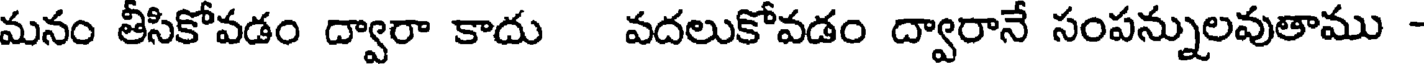
మనం తీసికోవడం ద్వారా కాదు వదలుకోవడం ద్వారానే సంపన్నులవుతాము -